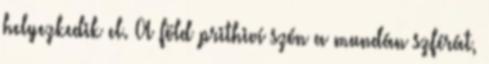
helyezkedik el. A föld prithiví szón a mundán szférát,